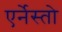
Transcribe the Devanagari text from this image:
एर्नेस्तो